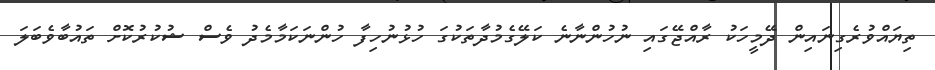
ތިޔައްވުރެގިނައިން ދޭމީހަކު ރާއްޖޭގައި ނުހުންނާނެ ކަލޭގެމުދާތަކުގަ ހުޅުނުހިފާ ހުންނަކަމާމެދު ވެސް ޝުކުރުކޮށް ތައުބާވެބަލަ